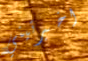
اخبرتيني